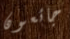
جائعون